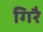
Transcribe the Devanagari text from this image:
गिरै